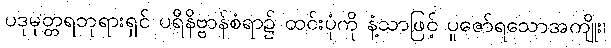
ပဒုမုတ္တရဘုရားရှင် ပရိနိဗ္ဗာန်စံရာ၌ ထင်းပုံကို နံ့သာဖြင့် ပူဇော်ရသောအကျိုး၊